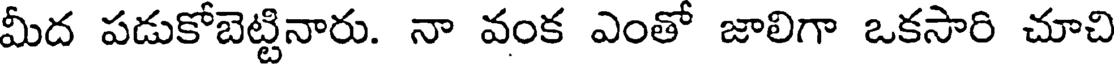
మీద పడుకోబెట్టినారు. నా వంక ఎంతో జాలిగా ఒకసారి చూచి